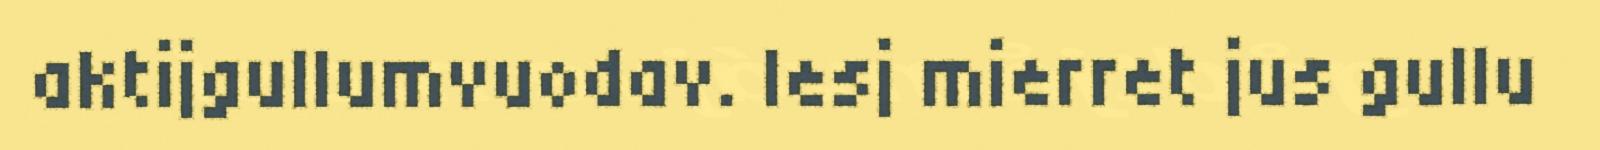
aktijgullumvuodav. Iesj mierret jus gullu